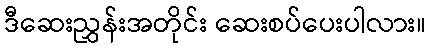
ဒီဆေးညွှန်းအတိုင်း ဆေးစပ်ပေးပါလား။